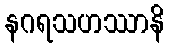
နဂရသဟဿာနိ